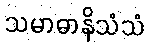
သမာဓာနိသံသံ